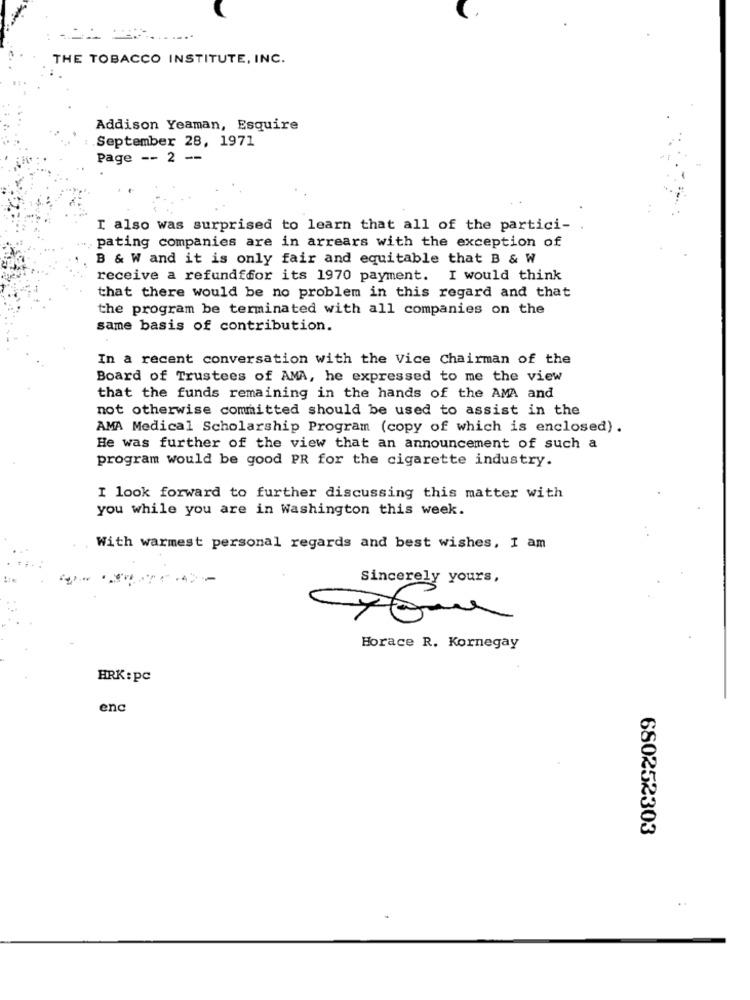
THE TOBACCO INSTITUTE, INC.
Addison Yeaman, Esquire
September 28, 1971
page -- 2
-
I also was surprised to learn that all of the partici- .
pating companies are in arrears with the exception of
B & W and it is only fair and equitable that B & W
receive a refundffor its 1970 payment. I would think
that there would be no problem in this regard and that
the program be terminated with all companies on the
same basis of contribution.
In a recent conversation with the Vice Chairman of the
Board of Trustees of AMA, he expressed to me the view
that the funds remaining in the hands of the AMA and
not otherwise committed should be used to assist in the
AMA Medical Scholarship Program (copy of which is enclosed) .
He was further of the view that an announcement of such a
program would be good PR for the cigarette industry.
I look forward to further discussing this matter with
you while you are in Washington this week.
With warmest personal regards and best wishes, I am
Sincerely yours,
Horace R. Kornegay
HRK:pc
enc
680252303